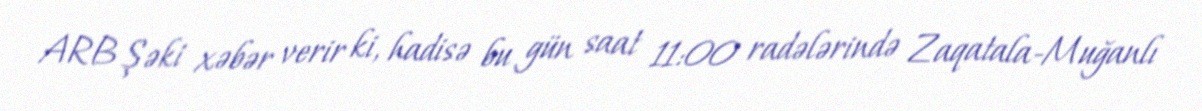
ARB Şəki xəbər verir ki, hadisə bu gün saat 11:00 radələrində Zaqatala-Muğanlı